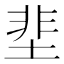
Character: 𡌦